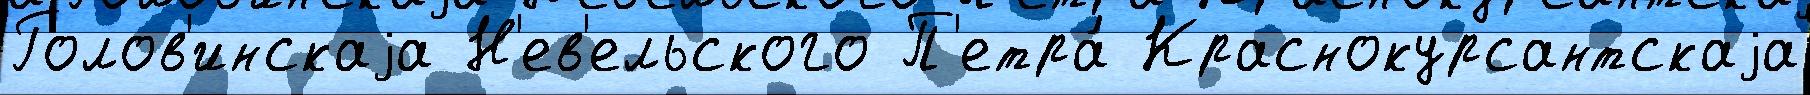
Голов'инскаjа Н'ев'ельского П'етра́ Краснокурсантскаjа